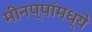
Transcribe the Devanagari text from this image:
मीनप्पांमध्ये